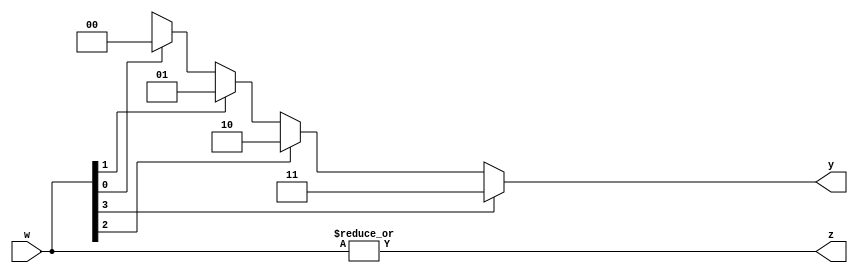
`timescale 1ns / 1ps
//////////////////////////////////////////////////////////////////////////////////
// Company: 
// Engineer: 
// 
// Design Name: 
// Module Name: priority_encoder_generic
// Project Name: 
// Target Devices: 
// Tool Versions: 
// Description: 
// 
// Dependencies: 
// 
// Revision:
// Revision 0.01 - File Created
// Additional Comments:
// 
//////////////////////////////////////////////////////////////////////////////////


module priority_encoder_generic
    #(parameter N = 4)(
    input [N - 1:0] w,
    output z,
    output reg [$clog2(N) - 1:0] y
    );
    
    assign z = |w;
    
    integer k;
    
    always @(w)
    begin
        y = 'bx;
        for (k = 0; k < N; k = k + 1)
            if (w[k])
                y = k;
    end
endmodule